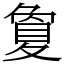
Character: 夐